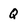
Character: Q